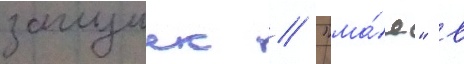
заглушек // "ма́я" в